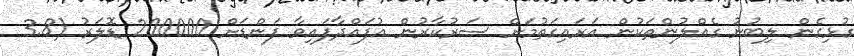
ގުޅިގެން ލިބުނު ގެއްލުންތަކުން އަރައިގަތުމަށް ސަރުކާރުން އުފައްދާފައިވާ ފަންޑަށް 200000 ޑޮލަރު (3.8